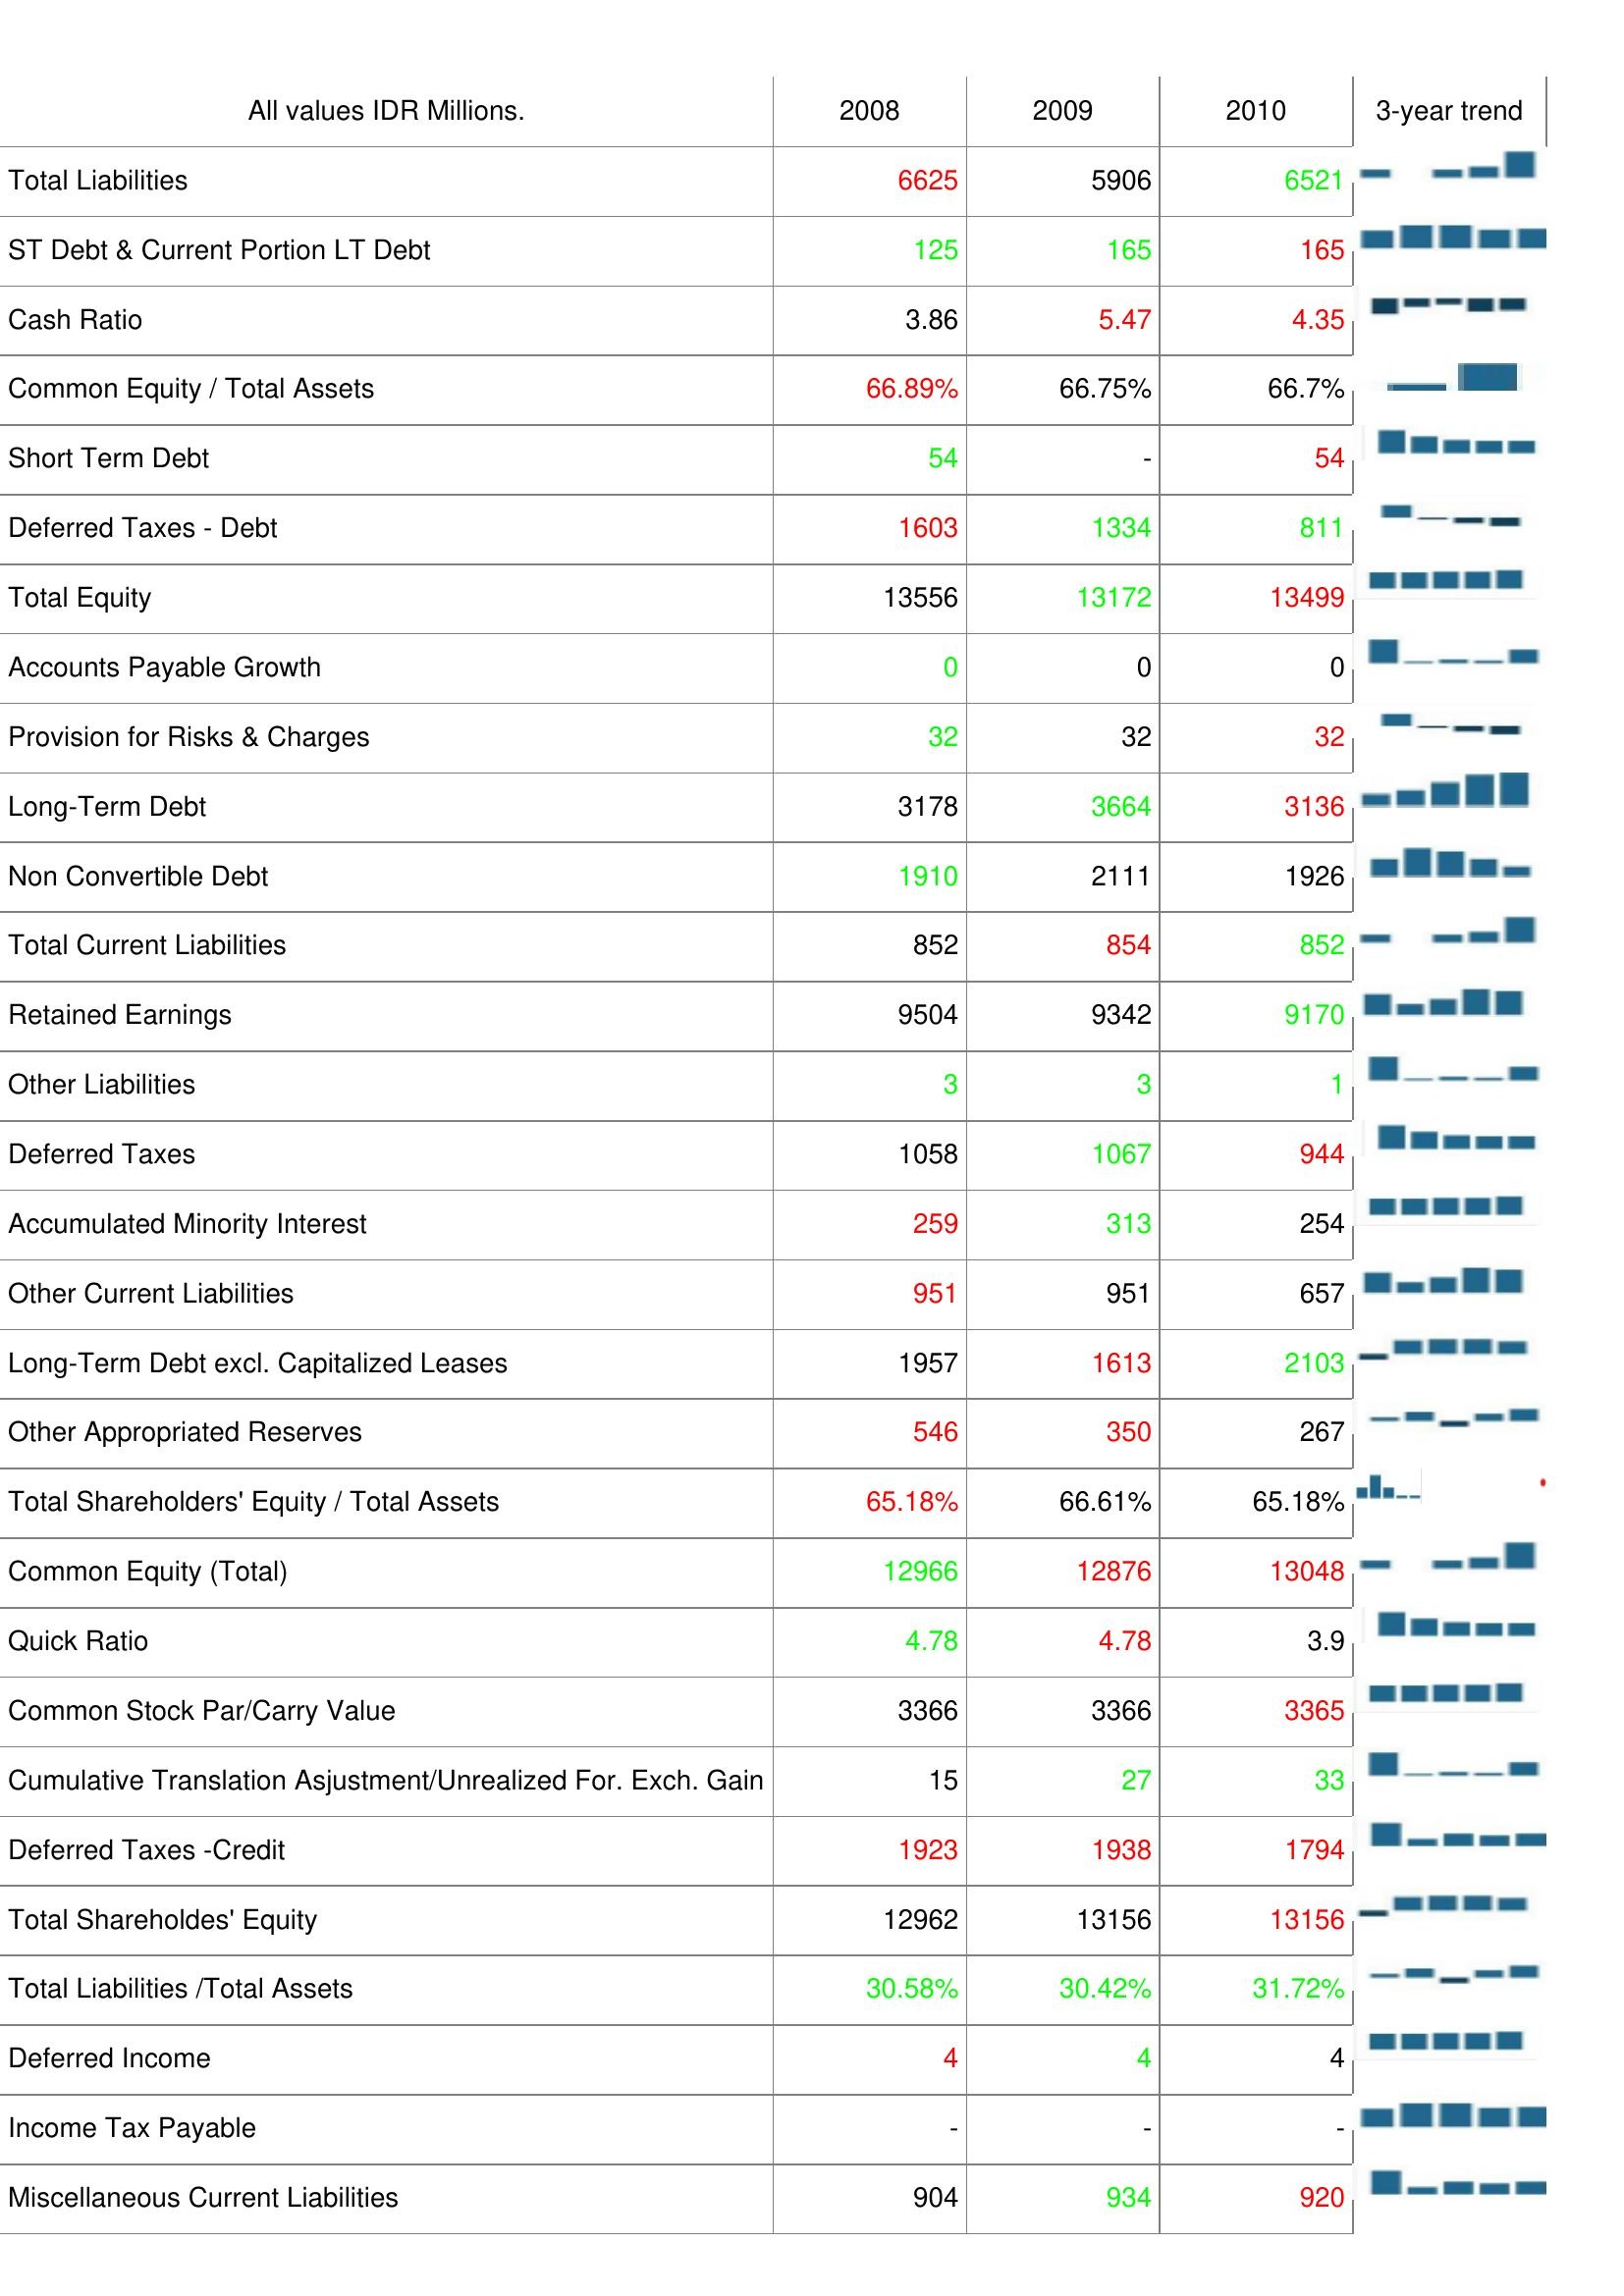
2008: Liabilities & Shareholder's Equity: Total Liabilities: 6625
ST Debt & Current Portion LT Debt: 125
Cash Ratio: 3.86
Common Equity / Total Assets: 66.89%
Short Term Debt: 54
Deferred Taxes - Debt: 1603
Total Equity: 13556
Accounts Payable Growth: 0
Provision for Risks & Charges: 32
Long-Term Debt: 3178
Non Convertible Debt: 1910
Total Current Liabilities: 852
Retained Earnings: 9504
Other Liabilities: 3
Deferred Taxes: 1058
Accumulated Minority Interest: 259
Other Current Liabilities: 951
Long-Term Debt excl. Capitalized Leases: 1957
Other Appropriated Reserves: 546
Total Shareholders' Equity / Total Assets: 65.18%
Common Equity (Total): 12966
Quick Ratio: 4.78
Common Stock Par/Carry Value: 3366
Cumulative Translation Asjustment/Unrealized For. Exch. Gain: 15
Deferred Taxes -Credit: 1923
Total Shareholdes' Equity: 12962
Total Liabilities /Total Assets: 30.58%
Deferred Income: 4
Income Tax Payable: -
Miscellaneous Current Liabilities: 904
2009: Liabilities & Shareholder's Equity: Total Liabilities: 5906
ST Debt & Current Portion LT Debt: 165
Cash Ratio: 5.47
Common Equity / Total Assets: 66.75%
Short Term Debt: -
Deferred Taxes - Debt: 1334
Total Equity: 13172
Accounts Payable Growth: 0
Provision for Risks & Charges: 32
Long-Term Debt: 3664
Non Convertible Debt: 2111
Total Current Liabilities: 854
Retained Earnings: 9342
Other Liabilities: 3
Deferred Taxes: 1067
Accumulated Minority Interest: 313
Other Current Liabilities: 951
Long-Term Debt excl. Capitalized Leases: 1613
Other Appropriated Reserves: 350
Total Shareholders' Equity / Total Assets: 66.61%
Common Equity (Total): 12876
Quick Ratio: 4.78
Common Stock Par/Carry Value: 3366
Cumulative Translation Asjustment/Unrealized For. Exch. Gain: 27
Deferred Taxes -Credit: 1938
Total Shareholdes' Equity: 13156
Total Liabilities /Total Assets: 30.42%
Deferred Income: 4
Income Tax Payable: -
Miscellaneous Current Liabilities: 934
2010: Liabilities & Shareholder's Equity: Total Liabilities: 6521
ST Debt & Current Portion LT Debt: 165
Cash Ratio: 4.35
Common Equity / Total Assets: 66.7%
Short Term Debt: 54
Deferred Taxes - Debt: 811
Total Equity: 13499
Accounts Payable Growth: 0
Provision for Risks & Charges: 32
Long-Term Debt: 3136
Non Convertible Debt: 1926
Total Current Liabilities: 852
Retained Earnings: 9170
Other Liabilities: 1
Deferred Taxes: 944
Accumulated Minority Interest: 254
Other Current Liabilities: 657
Long-Term Debt excl. Capitalized Leases: 2103
Other Appropriated Reserves: 267
Total Shareholders' Equity / Total Assets: 65.18%
Common Equity (Total): 13048
Quick Ratio: 3.9
Common Stock Par/Carry Value: 3365
Cumulative Translation Asjustment/Unrealized For. Exch. Gain: 33
Deferred Taxes -Credit: 1794
Total Shareholdes' Equity: 13156
Total Liabilities /Total Assets: 31.72%
Deferred Income: 4
Income Tax Payable: -
Miscellaneous Current Liabilities: 920